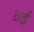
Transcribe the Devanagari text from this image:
ठाईं